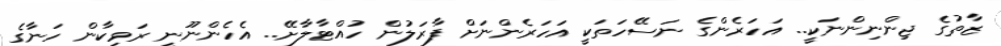
ޒާތުގެ ޖިންނިންނަކީ.. އަހަރެންގެ ނަސޭހަތަކީ އަހަރެންނަށް ފާރަލުން ހުއްޓާލާށޭ.. އެހެންނޫނީ ރަވިކާން ހަނާގެ